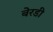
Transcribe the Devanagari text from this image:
बेरडी